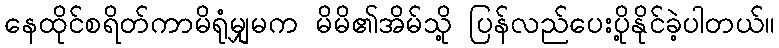
နေထိုင်စရိတ်ကာမိရုံမျှမက မိမိ၏အိမ်သို့ ပြန်လည်ပေးပို့နိုင်ခဲ့ပါတယ်။